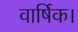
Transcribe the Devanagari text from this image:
वार्षिक।